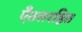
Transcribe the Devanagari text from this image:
एँठलरहित